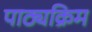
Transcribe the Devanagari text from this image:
पाठ्यक्रिम